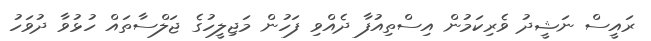
ރައީސް ނަޝީދު ވެރިކަމުން އިސްތިއުފާ ދެއްވި ފަހުން މަޖިލީހުގެ ޖަލްސާތައް ހުޅުވާ ދުވަހު